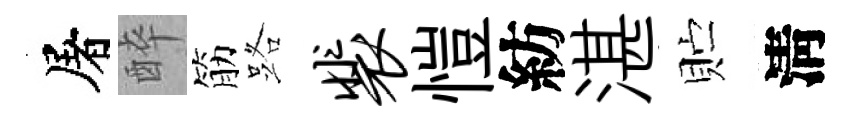
屠醉筋路裴愷紡湛贮淸